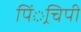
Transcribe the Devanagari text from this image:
पिं्रचिपी